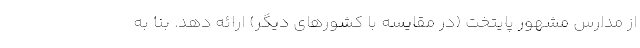
از مدارس مشهور پایتخت (در مقایسه با کشورهای دیگر) ارائه دهد. بنا به